Annual report on the health of the army in India
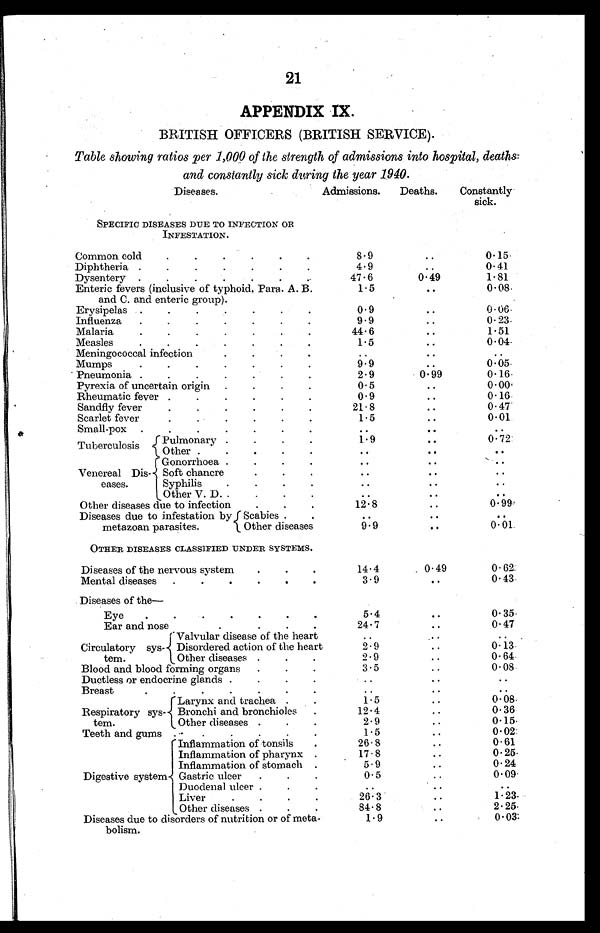
21
APPENDIX IX.
BRITISH OFFICERS (BRITISH SERVICE).
Table showing ratios per 1,000 of the strength of admissions into hospital, deaths:
and constantly sick during the year 1940.
Diseases.
Admissions. Deaths.
Constantly
ick.
SPECIFIC DISEASES DUE TO INFECTION OR
INFESTATION.
Common cold
. . . .
8.9
..
0.15
Diphtheria
. . . .
4.9
. .
0.41
Dysentery
. . . . . .
47.6
0.49
1.81
Enteric fevers (inclusive of typhoid, Para.. A. B.
and C. and enteric group).
1.5
..
0.08
Erysipelas
. . . .
0.9
..
0.06
Influenza.
. . . . .
9.9
..
0.23.
Malaria.
.
44.6
..
1.51
Measles. .
.
1.5
..
0.04
Meningococcal infection.
. .
..
. .
. .
Mumps.
. . . . . .
9.9
..
0.05
Pneumonia . . . . .
2.9
0.99
0.16
Pyrexia of uncertain origin . . . .
0.5
..
0.00
Rheumatic fever.
.
.
.
.
0 . 9
..
0.16
Sandfly fever
21.8
..
0.47
Scarlet fever.
. . .
1.5
..
0.01
Small-pox . . . . .
..
..
. .
Tuberculosis
Pulmonary .
1.9
..
0.72
Other . . . . .
..
..
. .
Venereal Dis
eases.
Gonorrhoea .
..
..
. .
Soft chancre
..
..
. .
Syphilis
. .
..
..
. .
Other V. D. . . .
..
..
. .
Other diseases due to infection
. . .
12.8
..
0.99
Diseases due to infestation by
metazoan parasites.
Scabies . .
..
..
. .
Other diseases
9.9
..
0.01
OTHER DISEASES CLASSIFIED UNDER SYSTEMS.
Diseases of the nervous system
. . .
Mental diseases.
. . . . .
14.4
3.9
0.49
..
0.62
0.43
Diseases of the-
Eye
. . . .
5.4
..
0.35
Ear and nose
0. . .
24.7 ..
0.47
Circulatory sys
tern.
Valvular disease of the hear
. .
..
. .
Disordered action of the heart
2.9
..
0.13
Other diseases . . .
2.9
..
0.64
Blood and blood forming organs . . .
3.5
..
0.08
Ductless or endocrine glands . .
. .
..
..
..
Breast
.
. . . . . .
..
..
..
Respiratory sys
tem.
Larynx and trachea .
1.5
..
0.08
Bronchi and bronchioles .
12.4
..
0.36
Other diseases . .
.
2.9
..
0.15
Teeth and gums . . .
1.5
..
0.02
Digestive system
Inflammation of tonsils
.
26.8
..
0.61
Inflammation of pharynx .
17.8
..
0.25
Inflammation of stomach .
5.9
..
0.24
Gastric ulcer . . .
0.5
..
0.09
Duodenal ulcer. . .
.
..
..
..
Liver
26.3
..
1.23
Other diseases . . .
84.8
..
2.25
Diseases due to disorders of nutrition or of meta
bolism.
1.9
..
0.03